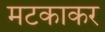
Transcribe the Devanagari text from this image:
मटकाकर